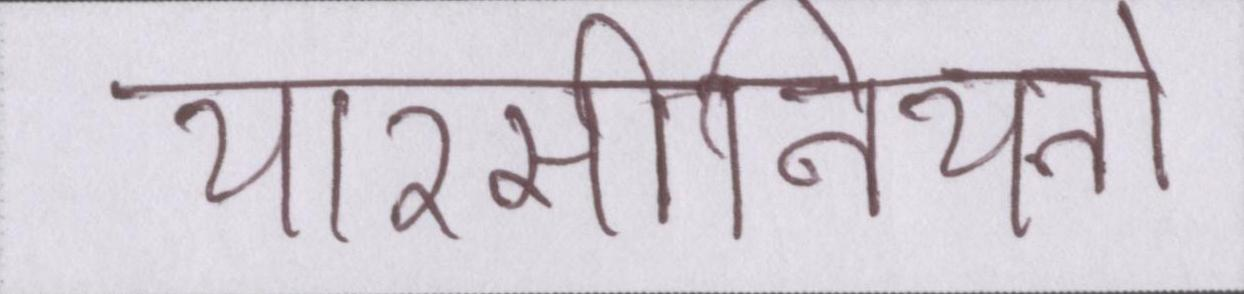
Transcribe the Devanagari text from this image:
यारसीनियनों